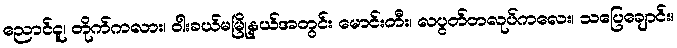
ညောင်ငူ၊ တိုက်ကလား၊ ဝါးခယ်မမြို့နယ်အတွင်း မောင်းတီး၊ လပွတ်တလုပ်ကလေး၊ သပြေချောင်း၊